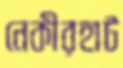
নেকীরহাট